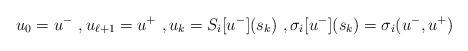
LaTeX: \begin{align*}u_{0}=u^{-}\ , u_{\ell+1}=u^{+}\ ,u_{k}=S_{i}[u^{-}](s_{k})\ ,\sigma_{i}[u^{-}](s_{k})=\sigma_{i}(u^{-},u^{+})\end{align*}